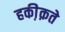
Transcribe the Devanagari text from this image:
हकी़क़ते